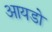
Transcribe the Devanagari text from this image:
आयडो